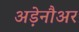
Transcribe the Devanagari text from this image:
अड़ेनौअर